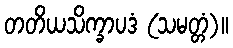
တတိယသိက္ခာပဒံ (သမတ္တံ)။